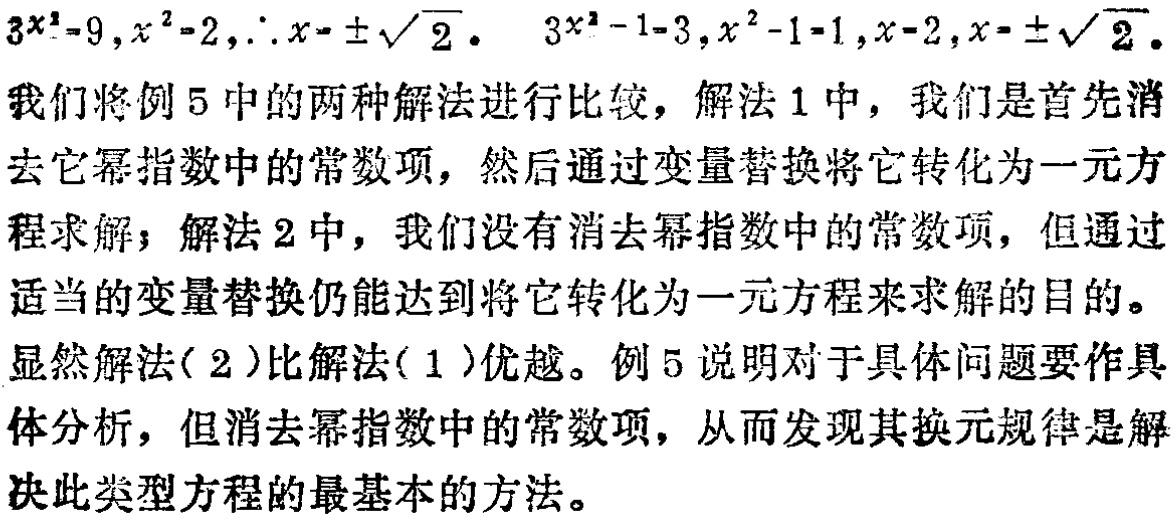
\(3x^{2}=9,x^{2}=2,\therefore x = \pm\sqrt{2}\). \(3x^{2}-1 = 3,x^{2}-1 = 1,x = 2,x=\pm\sqrt{2}\).

我们将例5中的两种解法进行比较，解法1中，我们是首先消去它幂指数中的常数项，然后通过变量替换将它转化为一元方程求解；解法2中，我们没有消去幂指数中的常数项，但通过适当的变量替换仍能达到将它转化为一元方程来求解的目的。

显然解法(2)比解法(1)优越。例5说明对于具体问题要作具体分析，但消去幂指数中的常数项，从而发现其换元规律是解决此类型方程的最基本的方法。